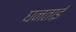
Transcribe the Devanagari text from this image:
घनताई